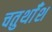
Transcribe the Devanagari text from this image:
चतुर्थाँश